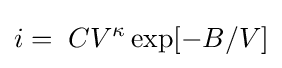
i=\;CV^{\kappa }\exp[-B/V]